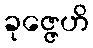
ခုဇ္ဇေဟိ